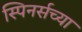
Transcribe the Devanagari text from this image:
स्पिनर्सच्या